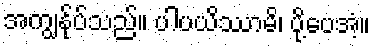
အကျွန်ုပ်သည်။ ပါပယိဿာမိ၊ ပို့ပေအံ့။